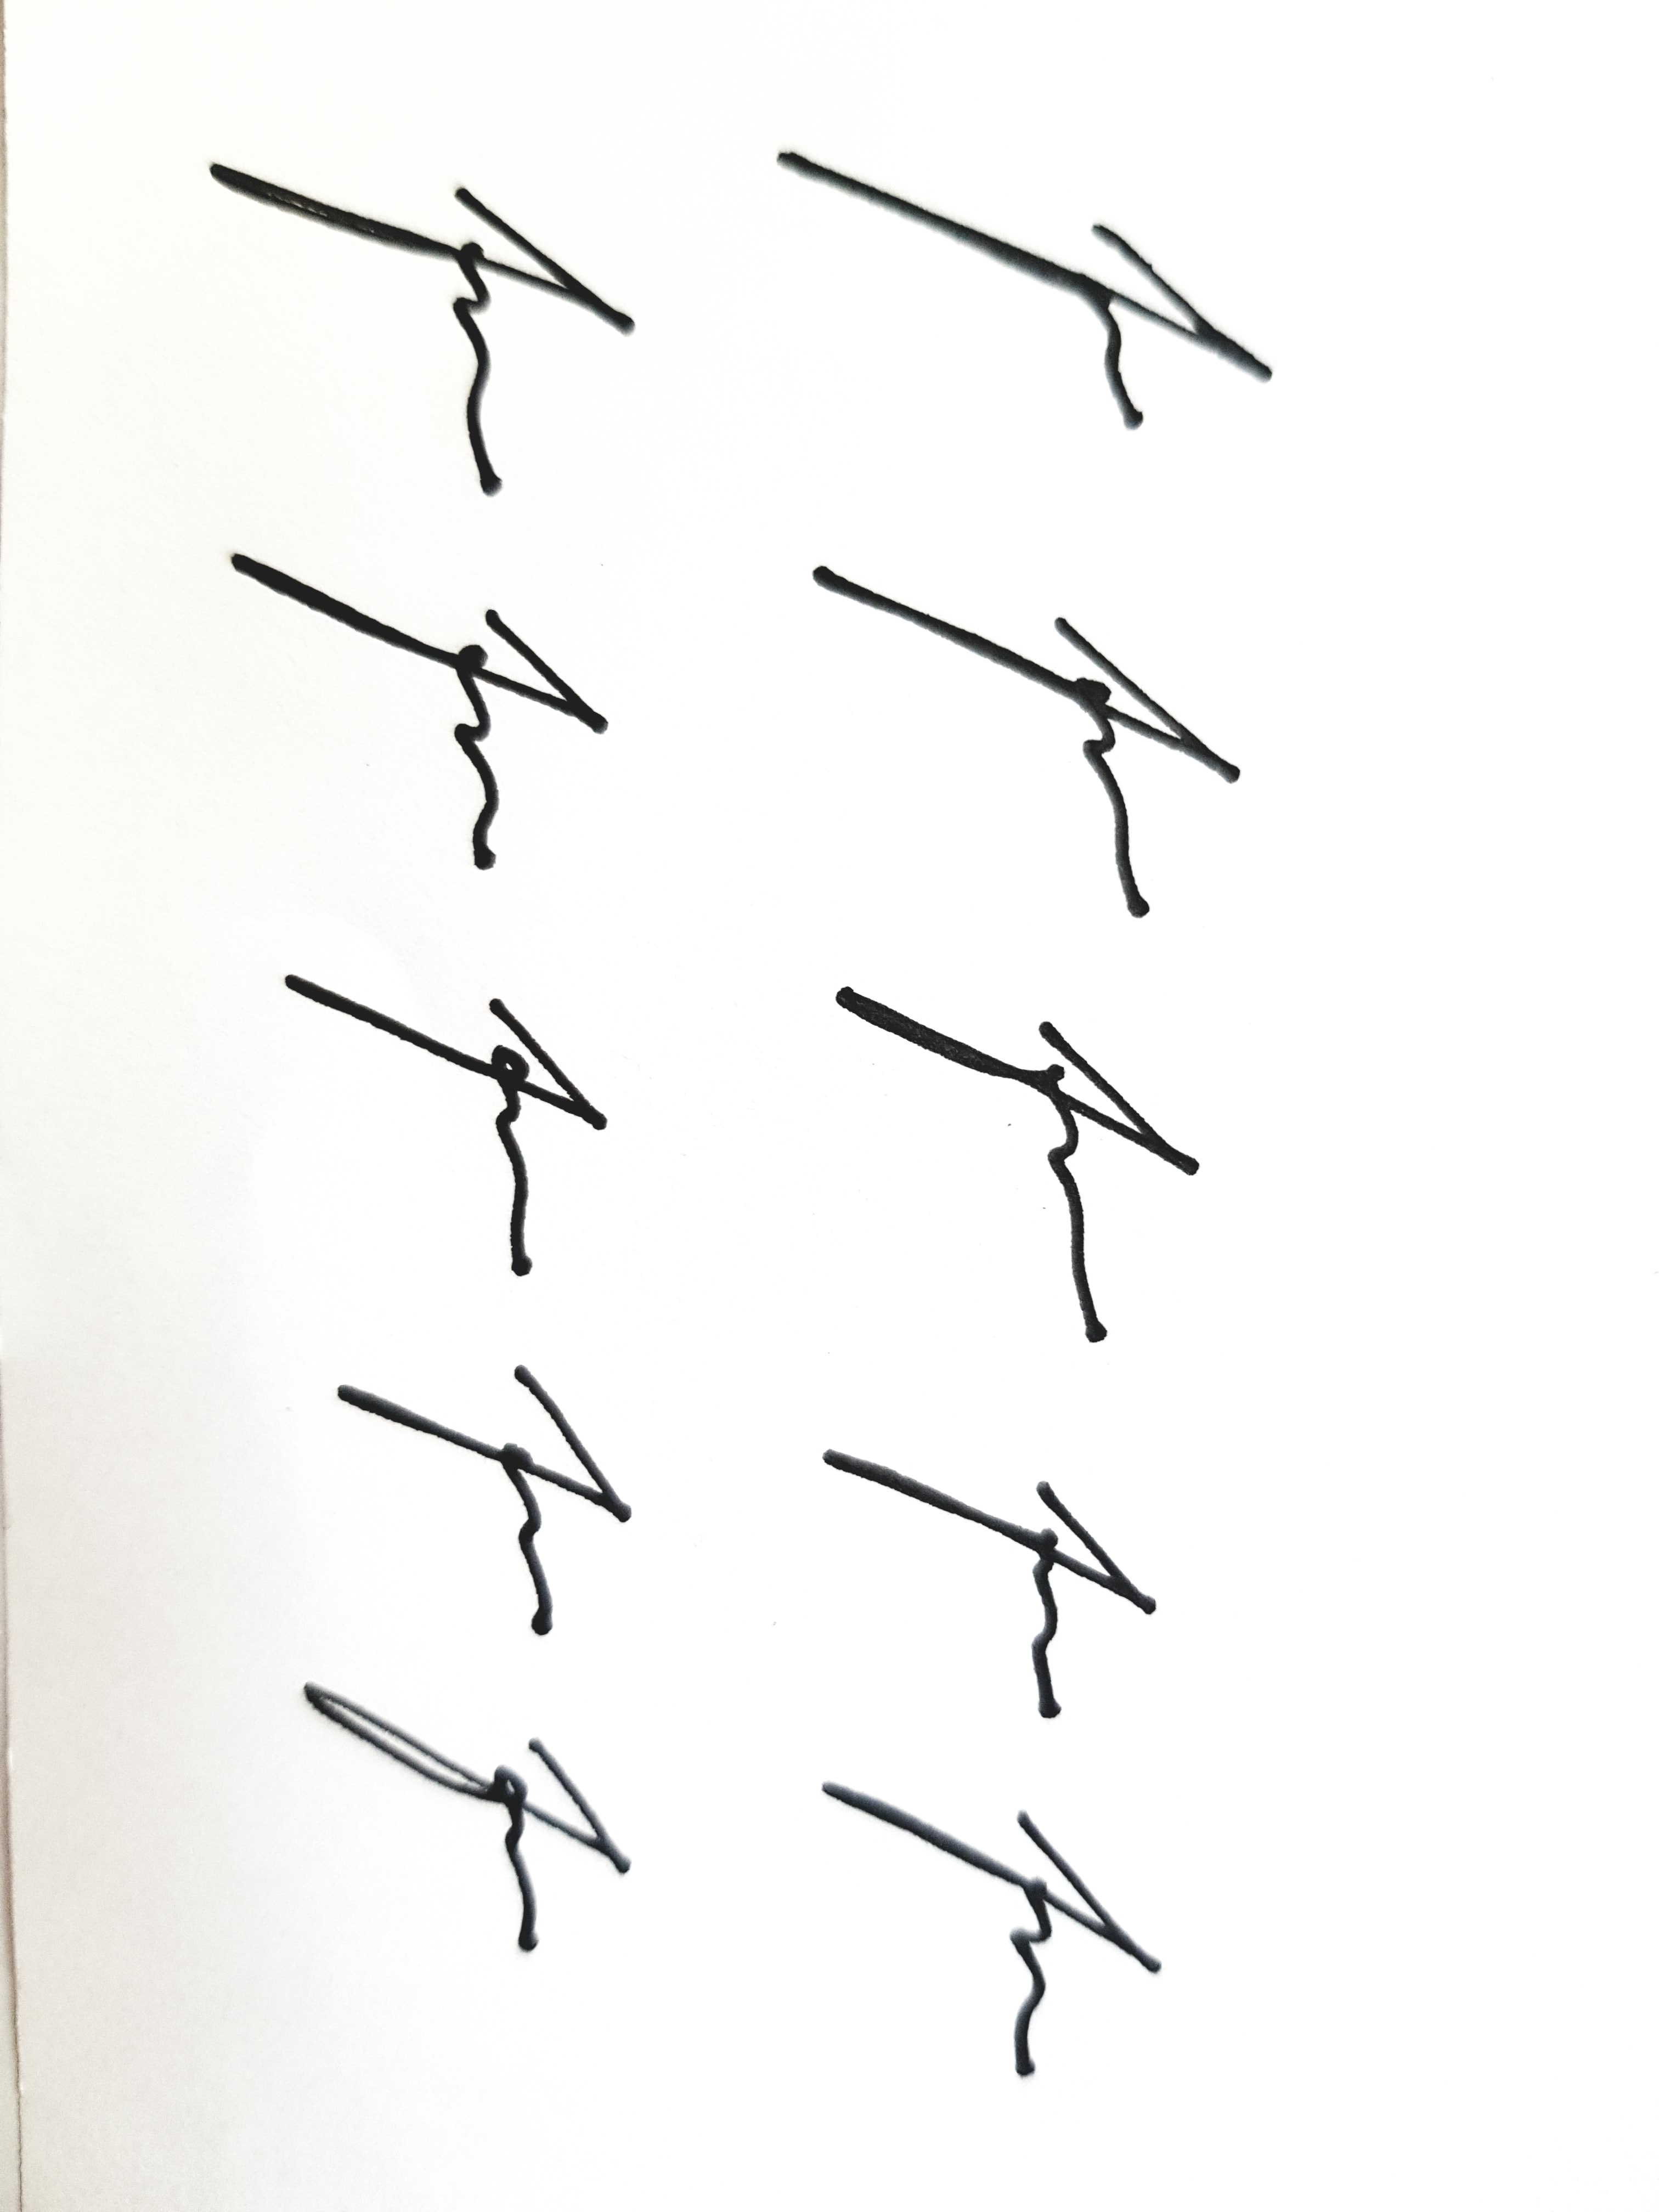
Signature authenticity: genuine